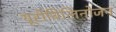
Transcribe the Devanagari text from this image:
यूरोबिलिनोजन